38_143685_box_Incident_Summaries_101-172
Agency: Department of War
Page 108
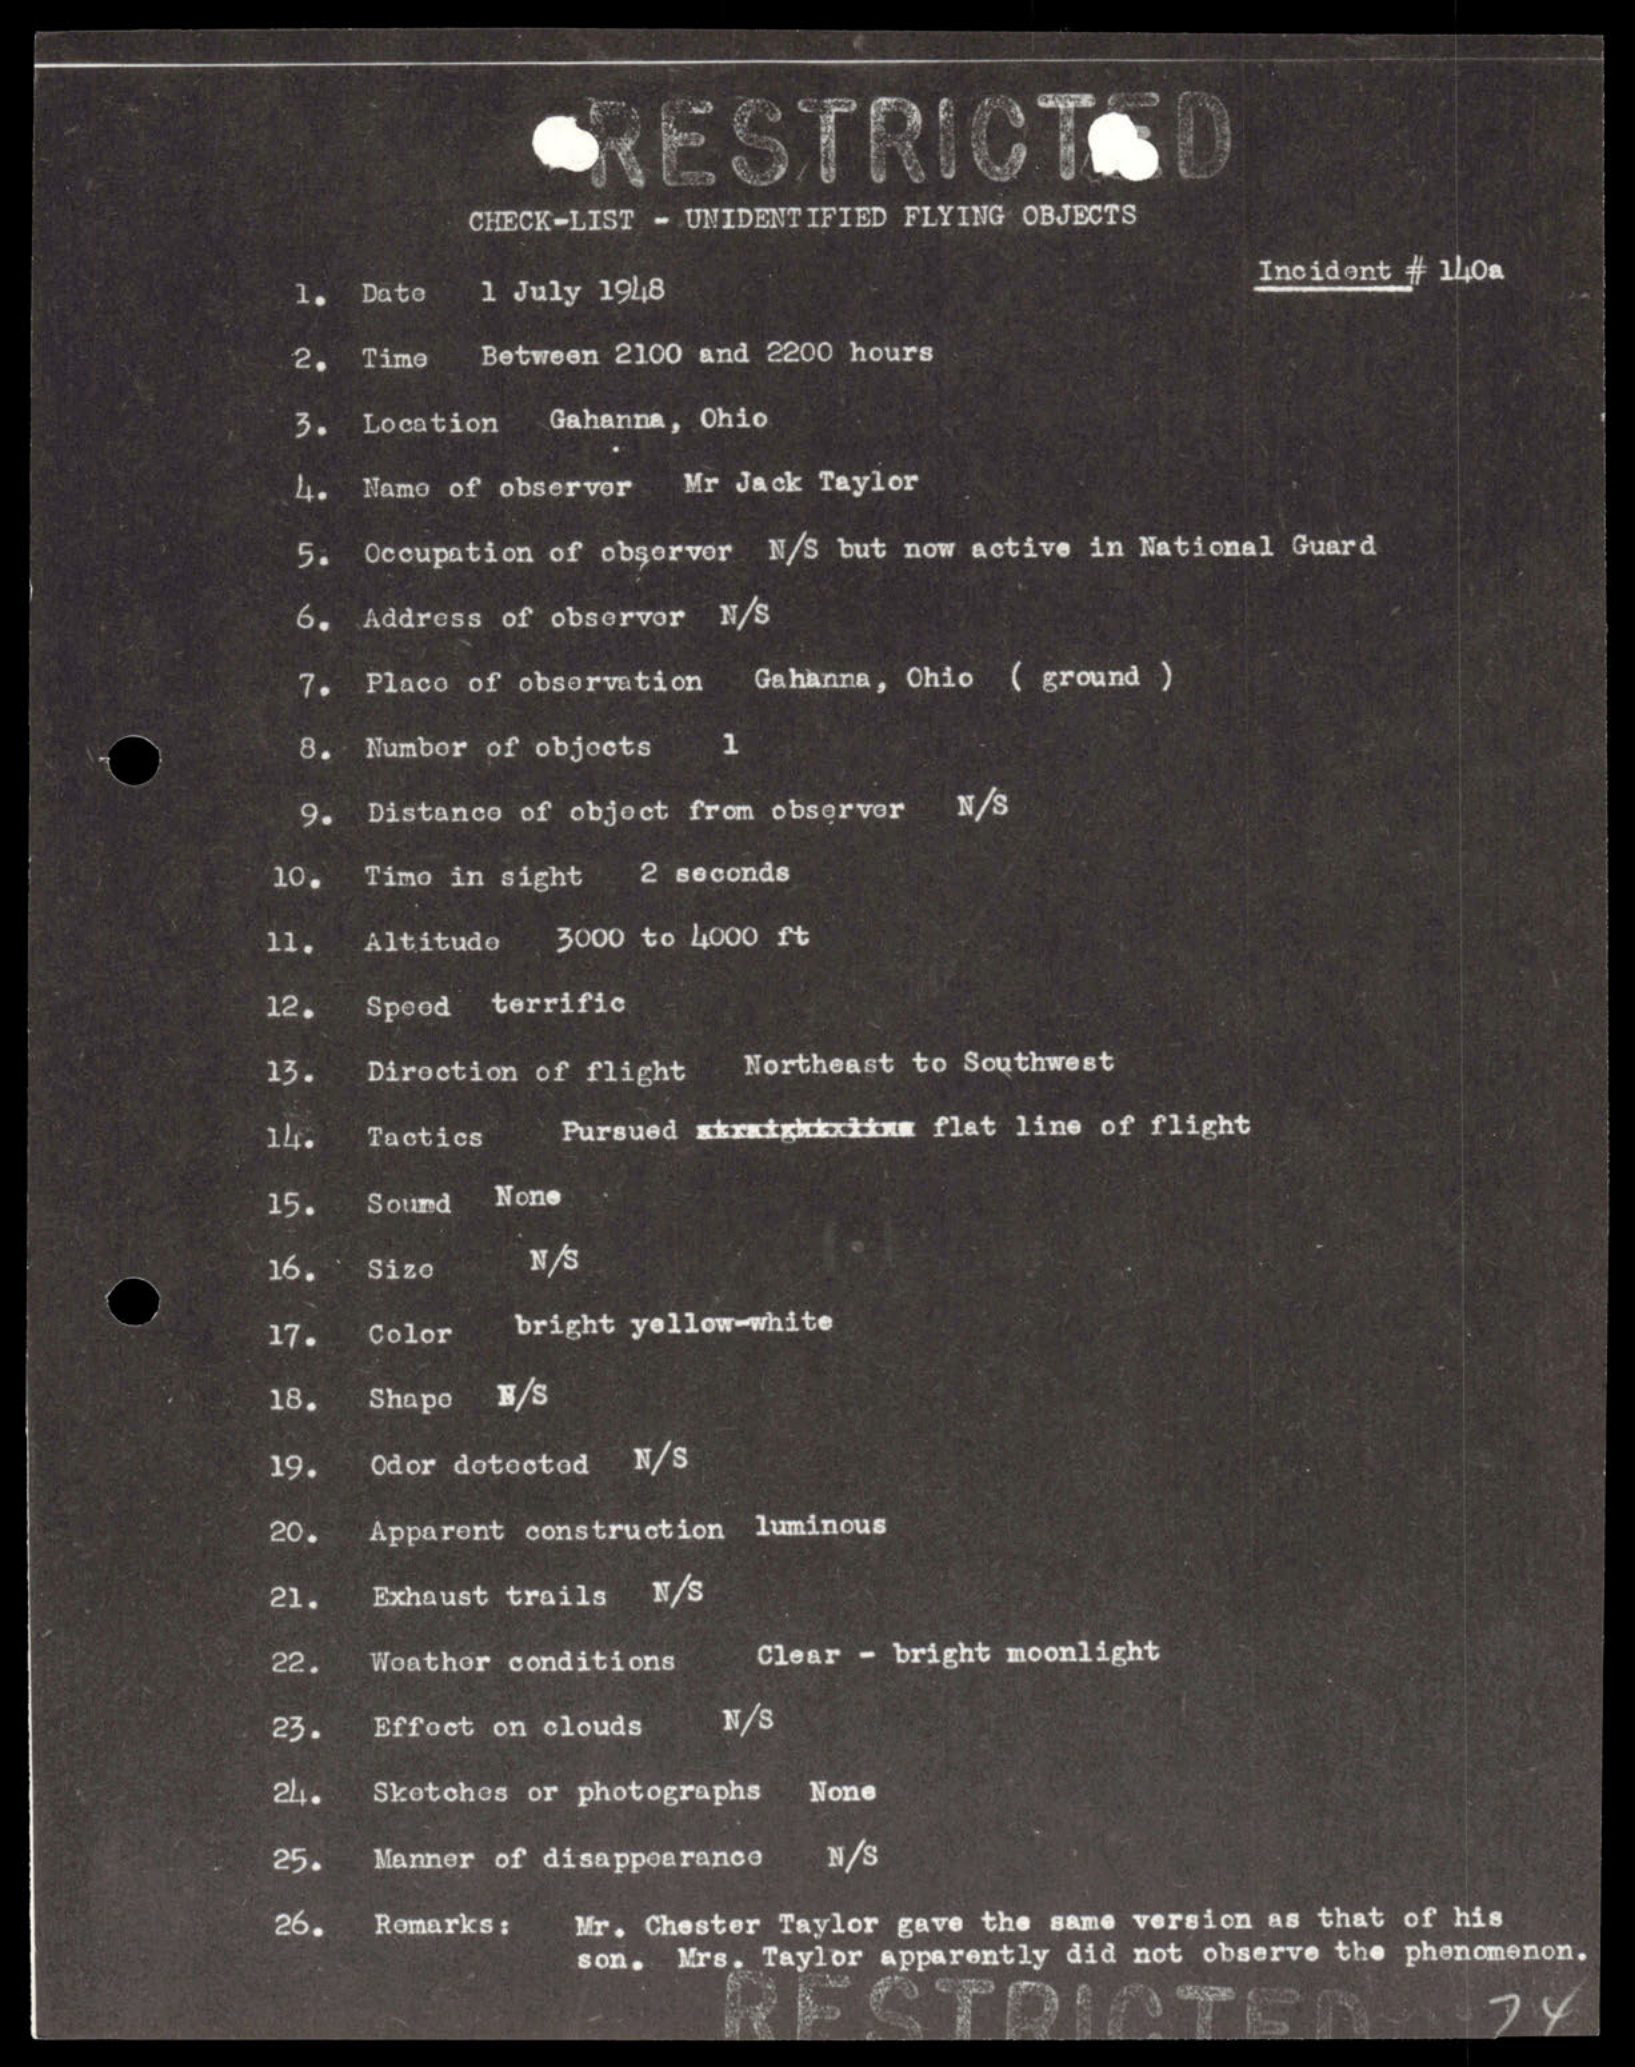